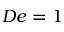
D e = 1